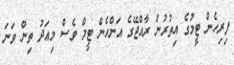
ފިރިހެން ޓީމުގެ އިތުރުން ރާއްޖޭގެ އަންހެން ޓީމް ވެސް މިއަދު ތިން ވަނަ